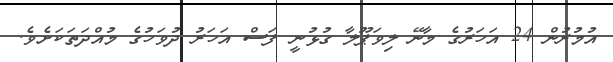
އުމުރުން 24 އަހަރުގެ މާނޭ ލިވަޕޫލާ ގުޅުނީ ފަސް އަހަރު ދުވަހުގެ މުއްދަތަކަށެވެ.